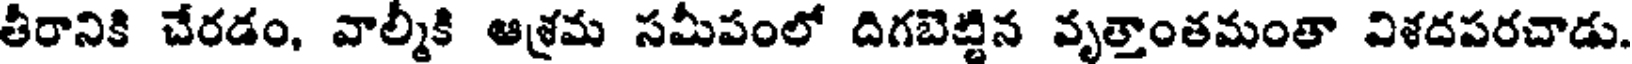
తీరానికి చేరడం, వాల్మీకి ఆశ్రమ సమీపంలో దిగబెట్టిన వృత్తాంతమంతా విశదపరచాడు.